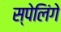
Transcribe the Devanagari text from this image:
स्पेलिंगे